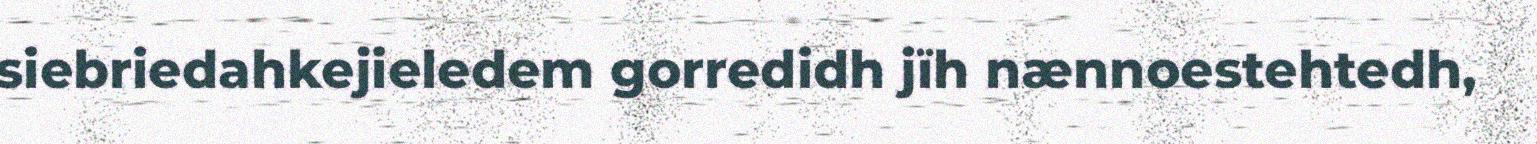
siebriedahkejieledem gorredidh jïh nænnoestehtedh,